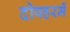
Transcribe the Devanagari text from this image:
दोपहरमें